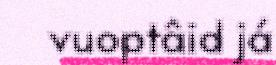
vuoptâid já